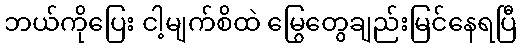
ဘယ်ကိုပြေး ငါ့မျက်စိထဲ မြွေတွေချည်းမြင်နေရပြီ